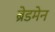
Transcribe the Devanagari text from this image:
ब्रेडमेन